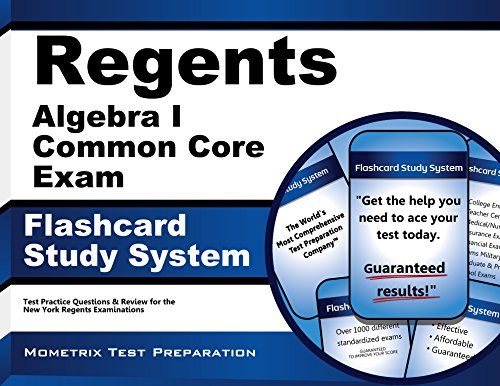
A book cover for Regents Algebra I (Common Core) Exam Flashcard Study System: Regents Test Practice Questions & Review for the New York Regents Examinations; Regents Exam Secrets Test Prep Team; Test Preparation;